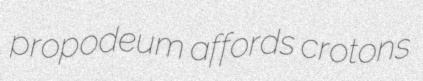
propodeum affords crotons